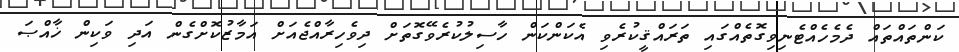
ކަންތައްތައް ދެމެހެއްޓެނިވިގޮތެއްގައި ތަރައްޤީކުރެވި އެކަންކަން ހާސިލުކުރެވޭގޮތަށް ދިވެހިރާއްޖެއަށް އަމާޒުކޮށްގެން އަދި ވަކިން ޚާއްޞަ